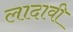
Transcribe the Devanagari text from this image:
लादावी